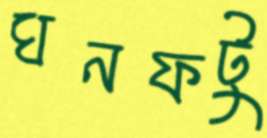
ঘনফটু